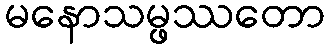
မနောသမ္ဖဿတော